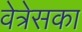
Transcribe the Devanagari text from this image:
वेत्रेसका